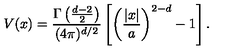
V ( x ) = \frac { \Gamma \left( \frac { d - 2 } { 2 } \right) } { ( 4 \pi ) ^ { d / 2 } } \left[ \left( \frac { | x | } { a } \right) ^ { 2 - d } - 1 \right] .